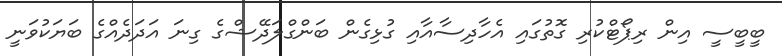
ބީބީސީ އިން ރިޕޯޓްކުރި ގޮތުގައި އެހާދިސާއާއި ގުޅިގެން ބަންގްލަދޭޝްގެ ގިނަ އަދަދެއްގެ ބަޔަކުވަނީ